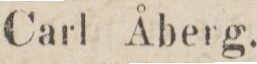
Carl Åberg.